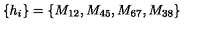
\left\{ h _ { i } \right\} = \left\{ M _ { 1 2 } , M _ { 4 5 } , M _ { 6 7 } , M _ { 3 8 } \right\}